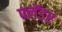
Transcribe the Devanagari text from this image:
फ्लेंडर